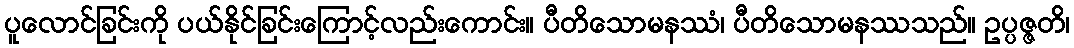
ပူလောင်ခြင်းကို ပယ်နိုင်ခြင်းကြောင့်လည်းကောင်း။ ပီတိသောမနဿံ၊ ပီတိသောမနဿသည်။ ဥပ္ပဇ္ဇတိ၊